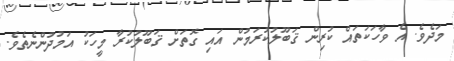
މަދެވެ. އެ ވާހަކަތައް ކުރިން ޤަބޫލުކުރަމުން އައި ގޮތަށް ޤަބޫލުކުރާ މީހަކު އަމުދުންނެތެވެ.